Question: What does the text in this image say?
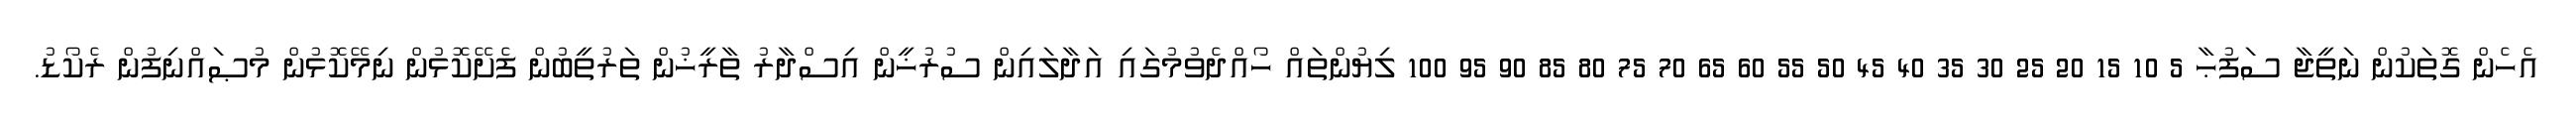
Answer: އެހެން ގޮތަކުން ނަތީޖާ ސަފުޙާ 5 10 15 20 25 30 35 40 45 50 55 60 65 70 75 80 85 90 95 100 ލިޔުންތައް ހޯއްދެވުމުގައި އަދާލައިން ސުރުޚީން އިސްދާރު ތާރީޚުން ތަރުތީބުން ފެށޭކޮޅުން ނިމޭކޮޅުން މުޞައްނިފުން ރެކޯޑު.